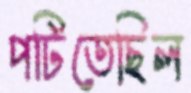
পটিতেছিল